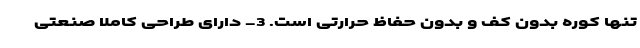
تنها کوره بدون کف و بدون حفاظ حرارتی است. 3- دارای طراحی کاملاٌ صنعتی